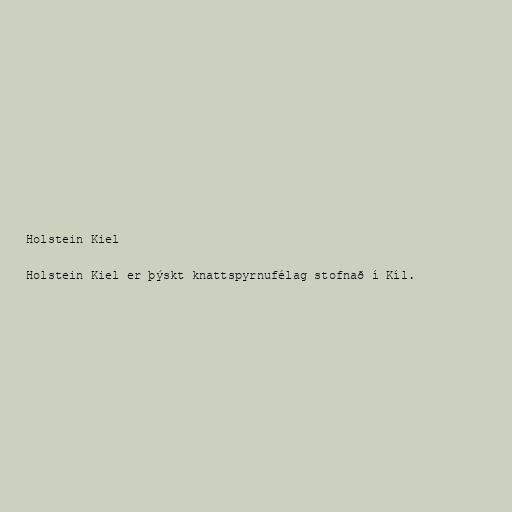
Holstein Kiel

Holstein Kiel er þýskt knattspyrnufélag stofnað í Kíl.